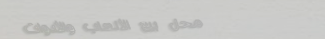
محل بيع الألعاب والأدوات